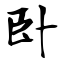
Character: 卧